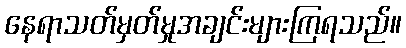
နေရာသတ်မှတ်မှုအချင်းများကြရသည်။